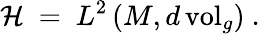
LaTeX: {\mathcal H}\ =\ L^{2}\left(M,d\, \mathrm{vol}_{g}\right)\ .